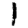
Digit: 1